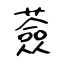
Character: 薟